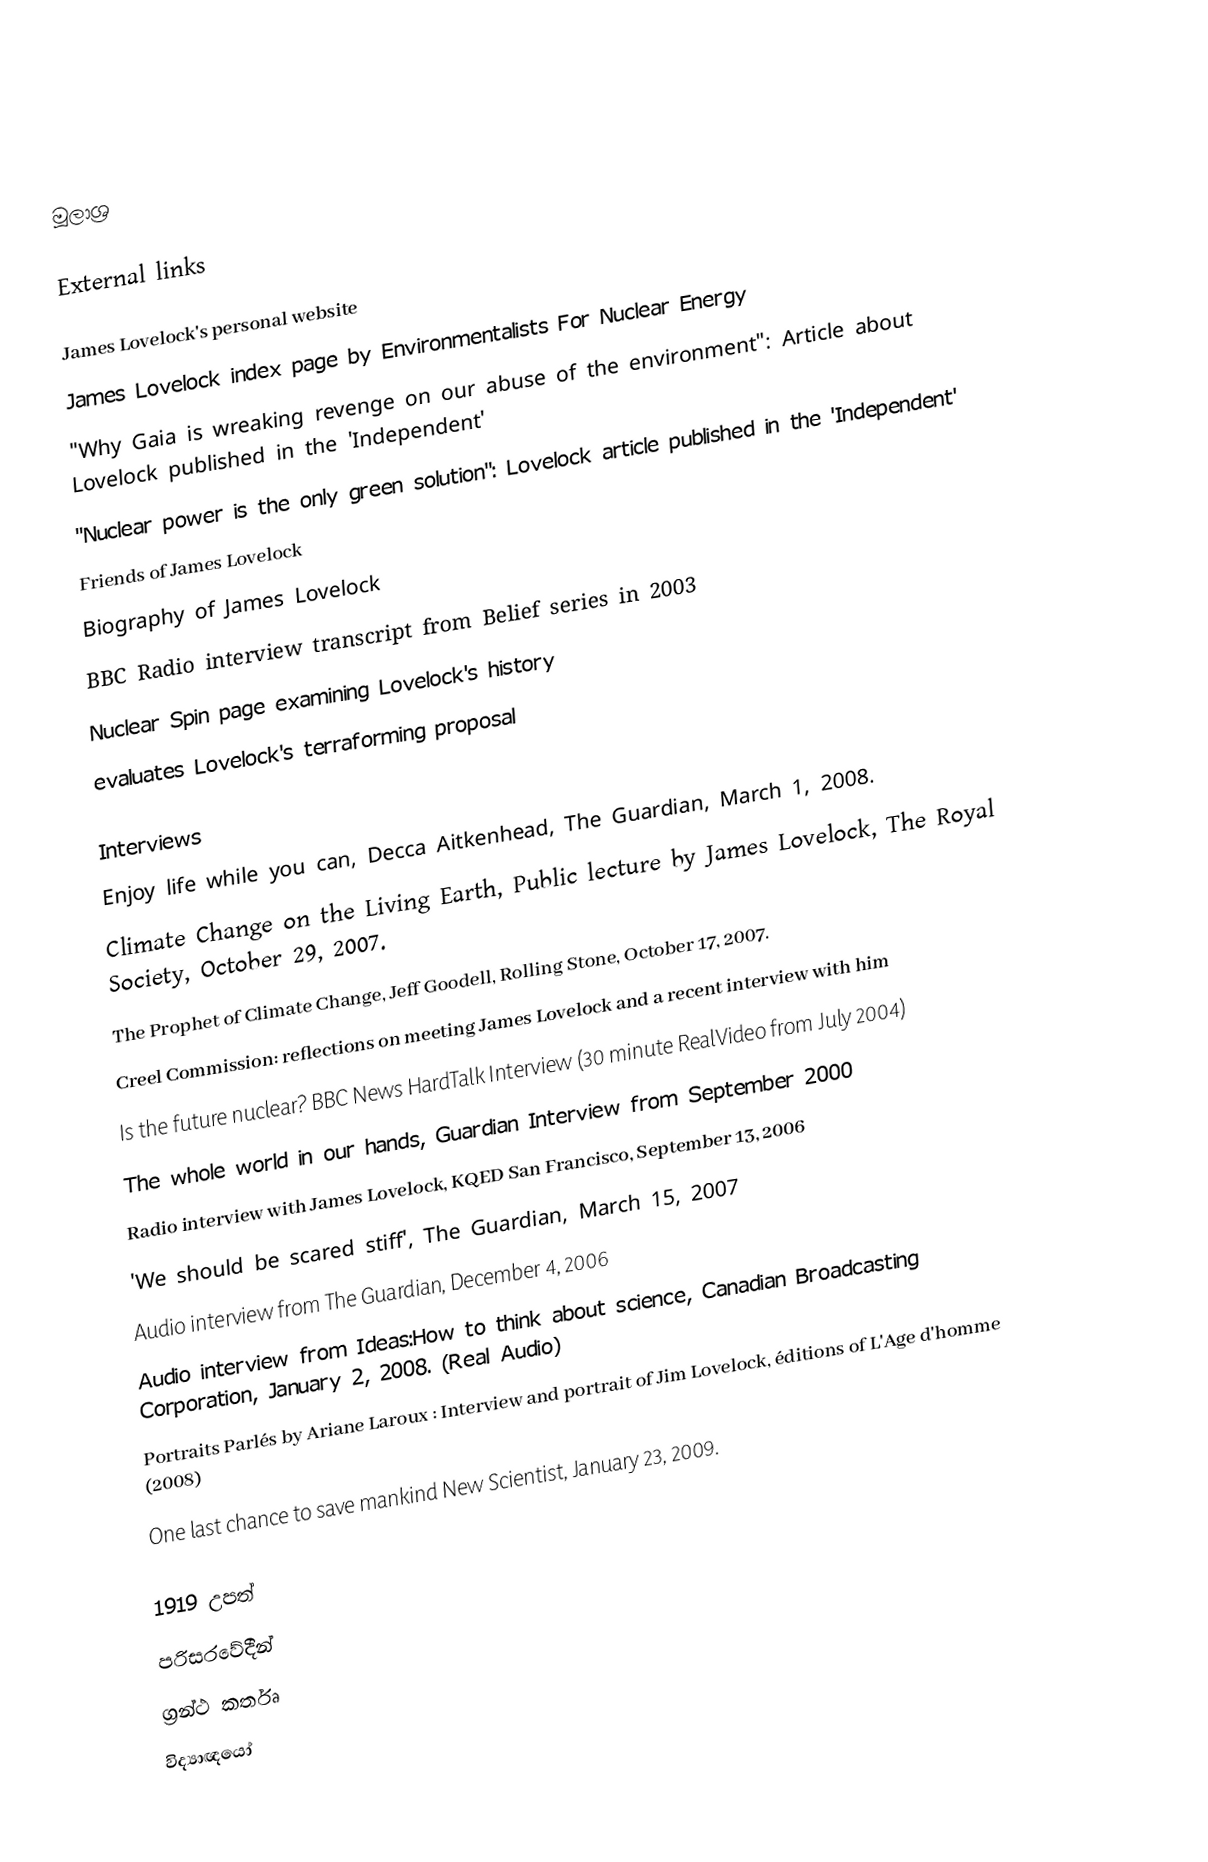

මූලාශ්‍ර

External links

 James Lovelock's personal website
 James Lovelock index page by Environmentalists For Nuclear Energy
 "Why Gaia is wreaking revenge on our abuse of the environment": Article about Lovelock published in the 'Independent'
 "Nuclear power is the only green solution": Lovelock article published in the 'Independent'
 Friends of James Lovelock
 Biography of James Lovelock
 BBC Radio interview transcript from Belief series in 2003
 Nuclear Spin page examining Lovelock's history
 evaluates Lovelock's terraforming proposal

Interviews
 Enjoy life while you can, Decca Aitkenhead, The Guardian, March 1, 2008.
 Climate Change on the Living Earth, Public lecture by James Lovelock, The Royal Society, October 29, 2007.
 The Prophet of Climate Change, Jeff Goodell, Rolling Stone, October 17, 2007.
 Creel Commission: reflections on meeting James Lovelock and a recent interview with him
 Is the future nuclear? BBC News HardTalk Interview (30 minute RealVideo from July 2004)
 The whole world in our hands, Guardian Interview from September 2000
 Radio interview with James Lovelock, KQED San Francisco, September 13, 2006
 'We should be scared stiff', The Guardian, March 15, 2007
 Audio interview from The Guardian, December 4, 2006
 Audio interview from Ideas:How to think about science, Canadian Broadcasting Corporation, January 2, 2008. (Real Audio)
 Portraits Parlés by Ariane Laroux : Interview and portrait of Jim Lovelock, éditions of L'Age d'homme (2008)
 One last chance to save mankind New Scientist, January 23, 2009.

1919 උපත්
පරිසරවේදීන්
ග්‍රන්ථ කර්තෘ
විද්‍යාඥයෝ